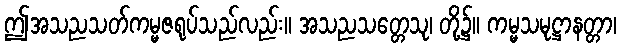
ဤအသညသတ်ကမ္မဇရုပ်သည်လည်း။ အသညသတ္တေသု၊ တို့၌။ ကမ္မသမုဋ္ဌာနတ္တာ၊